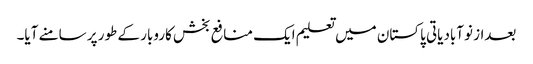
بعداز نوآبادیاتی پاکستان میں تعلیم ایک منافع بخش کاروبار کے طور پر سامنے آیا۔